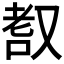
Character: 𦒺